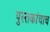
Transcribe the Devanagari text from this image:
पुस्तकांचाच